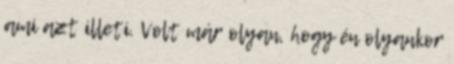
ami azt illeti. Volt már olyan, hogy én olyankor